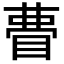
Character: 𭿃